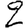
Digit: 2